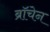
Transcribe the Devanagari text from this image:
ब्रॉचेन